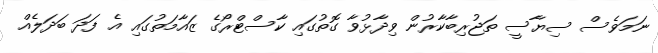
ނަމަވެސް ސިޔާސީ ތަޖުރިބާކާރުން ވިދާޅުވާ ގޮތުގައި ކާސްޓްރޯގެ ޒައާމަތުގައި އެ ފަދަ ބަދަލެއް